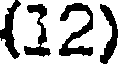
(32)